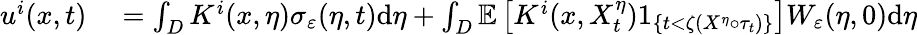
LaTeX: \begin{array}{rl}{u^{i}(x,t)}&{{}=\int_{D}K^{i}(x,\eta)\sigma_{\varepsilon}(\eta,t)\textrm{d}\eta+\int_{D}\mathbb{E}\left[K^{i}(x,X_{t}^{\eta})1_{\left\{ t<\zeta(X^{\eta}\circ\tau_{t})\right\} }\right]W_{\varepsilon}(\eta,0)\textrm{d}\eta}\end{array}